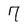
Character: 7